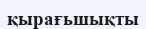
қырағьшықты